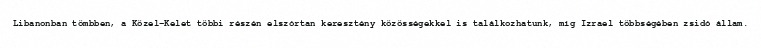
Libanonban tömbben, a Közel-Kelet többi részén elszórtan keresztény közösségekkel is találkozhatunk, míg Izrael többségében zsidó állam.